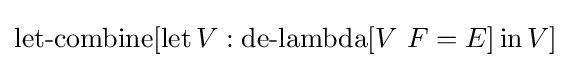
\operatorname {let-combine} [\operatorname {let} V:\operatorname {de-lambda} [V\ F=E]\operatorname {in} V]